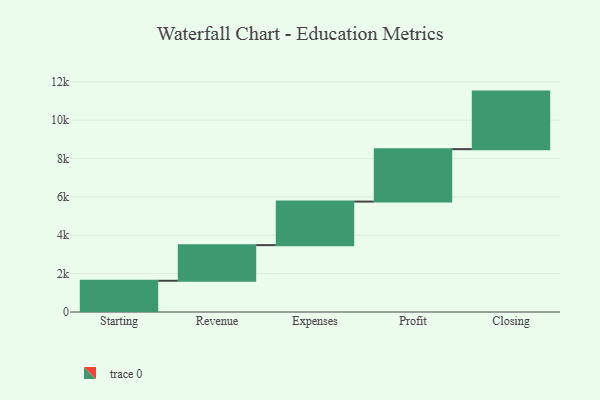
{"axis": {"x": "Step", "y": "Value"}, "legend": [""], "data": [{"x": "Starting", "y": 1628.0, "type": ""}, {"x": "Revenue", "y": 1858.0, "type": ""}, {"x": "Expenses", "y": 2271.0, "type": ""}, {"x": "Profit", "y": 2734.0, "type": ""}, {"x": "Closing", "y": 3000, "type": ""}]}